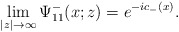
\begin{align*}\lim_{|z|\rightarrow\infty}\Psi^-_{11}(x;z)= e^{-ic_-(x)}. \end{align*}